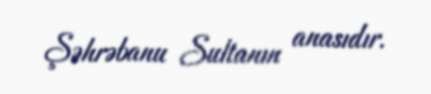
Şəhrəbanu Sultanın anasıdır.